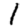
Digit: 1